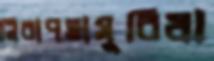
নিরাপত্তাসুবিধা